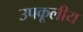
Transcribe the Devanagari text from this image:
उपकूलीय